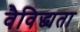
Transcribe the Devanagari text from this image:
वैविद्ध्यता